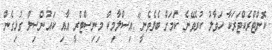
ކޮންްޓްރެކްޓަރަކާ ހަވާލު ކުރެވޭނެ ކަމަށް ބެލެވެނީ" އިސްލާމިކް މިނިސްޓްރީ އާއި ކައުންސިލް ގުޅިގެން